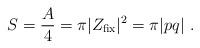
LaTeX: \begin{align*}S = {A\over 4} = \pi |Z_{\rm fix}|^2 = \pi|pq| \ .\end{align*}